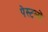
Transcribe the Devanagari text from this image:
पेस्टलों